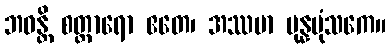
ဘဝန္တိ စတ္တာရော ဧတေ၊ အဿမာ ပုန္နပုံသကေ။